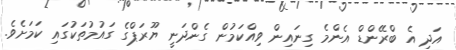
އަދި އެ ބްރޭންޑް އެންމެ ގިނައިން ވިއްކަމުން ގެންދަނީ ޔޫރަޕްގެ ގައުމުތަކުގައި ކަމަށެވެ.